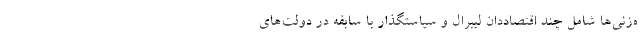
ه‌زنی‌ها شامل چند اقتصاددان لیبرال و سیاستگذار با سابقه در دولت‌های